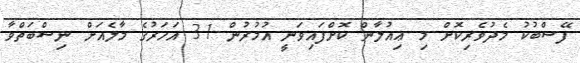
ފޭސްބުކު މެދުވެރިކޮށް މި ޢިއުލާން ކޮށްފައިވަނީ އުމުރުން 31 އަހަރުގެ މާލެއަށް ނިސްބަތްވާ